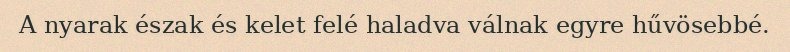
A nyarak észak és kelet felé haladva válnak egyre hűvösebbé.